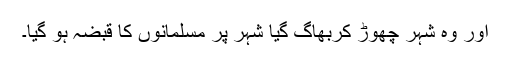
اور وہ شہر چھوڑ کربھاگ گیا شہر پر مسلمانوں کا قبضہ ہو گیا۔